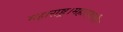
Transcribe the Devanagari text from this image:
महाराष्ट्र।महाराष्ट्रातील